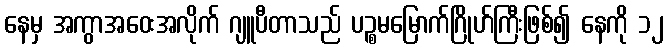
နေမှ အကွာအဝေးအလိုက် ဂျူပီတာသည် ပဉ္စမမြောက်ဂြိုဟ်ကြီးဖြစ်၍ နေကို ၁၂